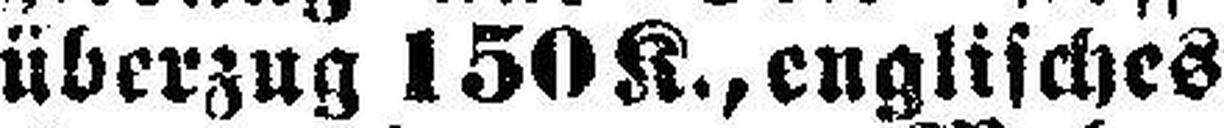
überzug 150 K., englisches